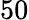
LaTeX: \mathrm{50}